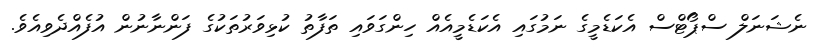
ނެޝަނަލް ސްޕޯޓްސް އެކަޑެމީގެ ނަމުގައި އެކަޑެމީއެއް ހިންގަވައި ތަފާތު ކުޅިވަރުތަކުގެ ފަންނާނުން އުފެއްދެވިއެވެ.